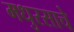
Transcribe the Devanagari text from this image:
मधुरसाचे